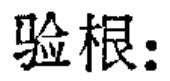
验根：